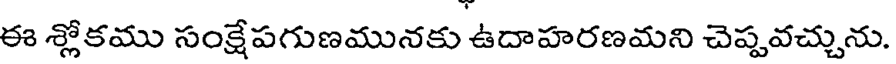
ఈ శ్లోకము సంక్షేపగుణమునకు ఉదాహరణమని చెప్పవచ్చును.